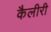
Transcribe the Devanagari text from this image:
कैलीरी